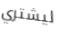
ليشتري